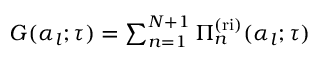
\begin{array} { r } { G ( \alpha _ { l } ; \tau ) = \sum _ { n = 1 } ^ { N + 1 } { \Pi } _ { n } ^ { \mathrm { ( r i ) } } ( \alpha _ { l } ; \tau ) } \end{array}